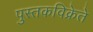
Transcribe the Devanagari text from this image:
पुस्तकविक्रेते